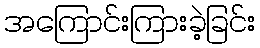
အကြောင်းကြားခဲ့ခြင်း